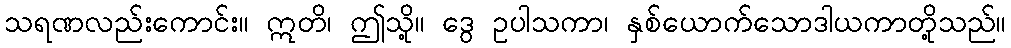
သရဏလည်းကောင်း။ ဣတိ၊ ဤသို့။ ဒွေ ဥပါသကာ၊ နှစ်ယောက်သောဒါယကာတို့သည်။